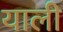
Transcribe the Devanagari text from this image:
याली